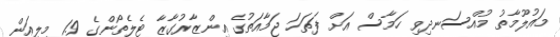
މައުލޫމާތު މުއްސަނދިވި ހަމާސް އަށް ފަތަހަ ޖަމާއަތުގެ އިންޒާރުގާޒާ ޓެލެތޯންގެ 1.9 މިލިއަން